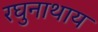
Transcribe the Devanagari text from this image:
रघुनाथाय